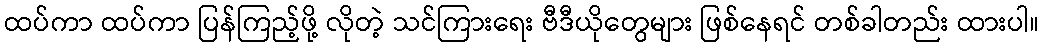
ထပ်ကာ ထပ်ကာ ပြန်ကြည့်ဖို့ လိုတဲ့ သင်ကြားရေး ဗီဒီယိုတွေများ ဖြစ်နေရင် တစ်ခါတည်း ထားပါ။